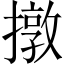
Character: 撴